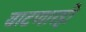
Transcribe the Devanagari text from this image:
वाटणारही